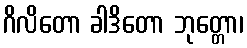
ဂိလိတော ခါဒိတော ဘုတ္တော၊